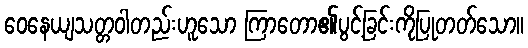
ဝေနေယျသတ္တဝါတည်းဟူသော ကြာတော၏ပွင့်ခြင်းကိုပြုတတ်သော။